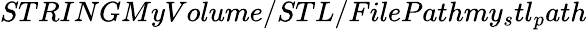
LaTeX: STRINGMyVolume/STL/FilePathmy_{s}tl_{p}ath